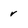
Character: v